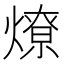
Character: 燎